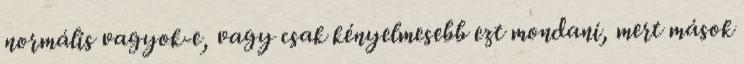
normális vagyok-e, vagy csak kényelmesebb ezt mondani, mert mások